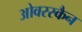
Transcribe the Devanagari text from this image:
ओवरस्कैन